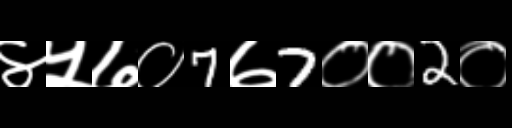
Text: ४५७०7७7००2०